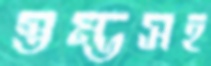
স্তম্ভসহ